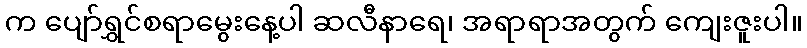
က ပျော်ရွှင်စရာမွေးနေ့ပါ ဆလီနာရေ၊ အရာရာအတွက် ကျေးဇူးပါ။